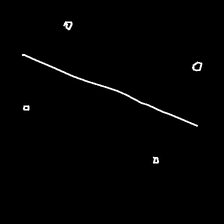
Glyph: cool